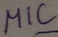
Text: MIC